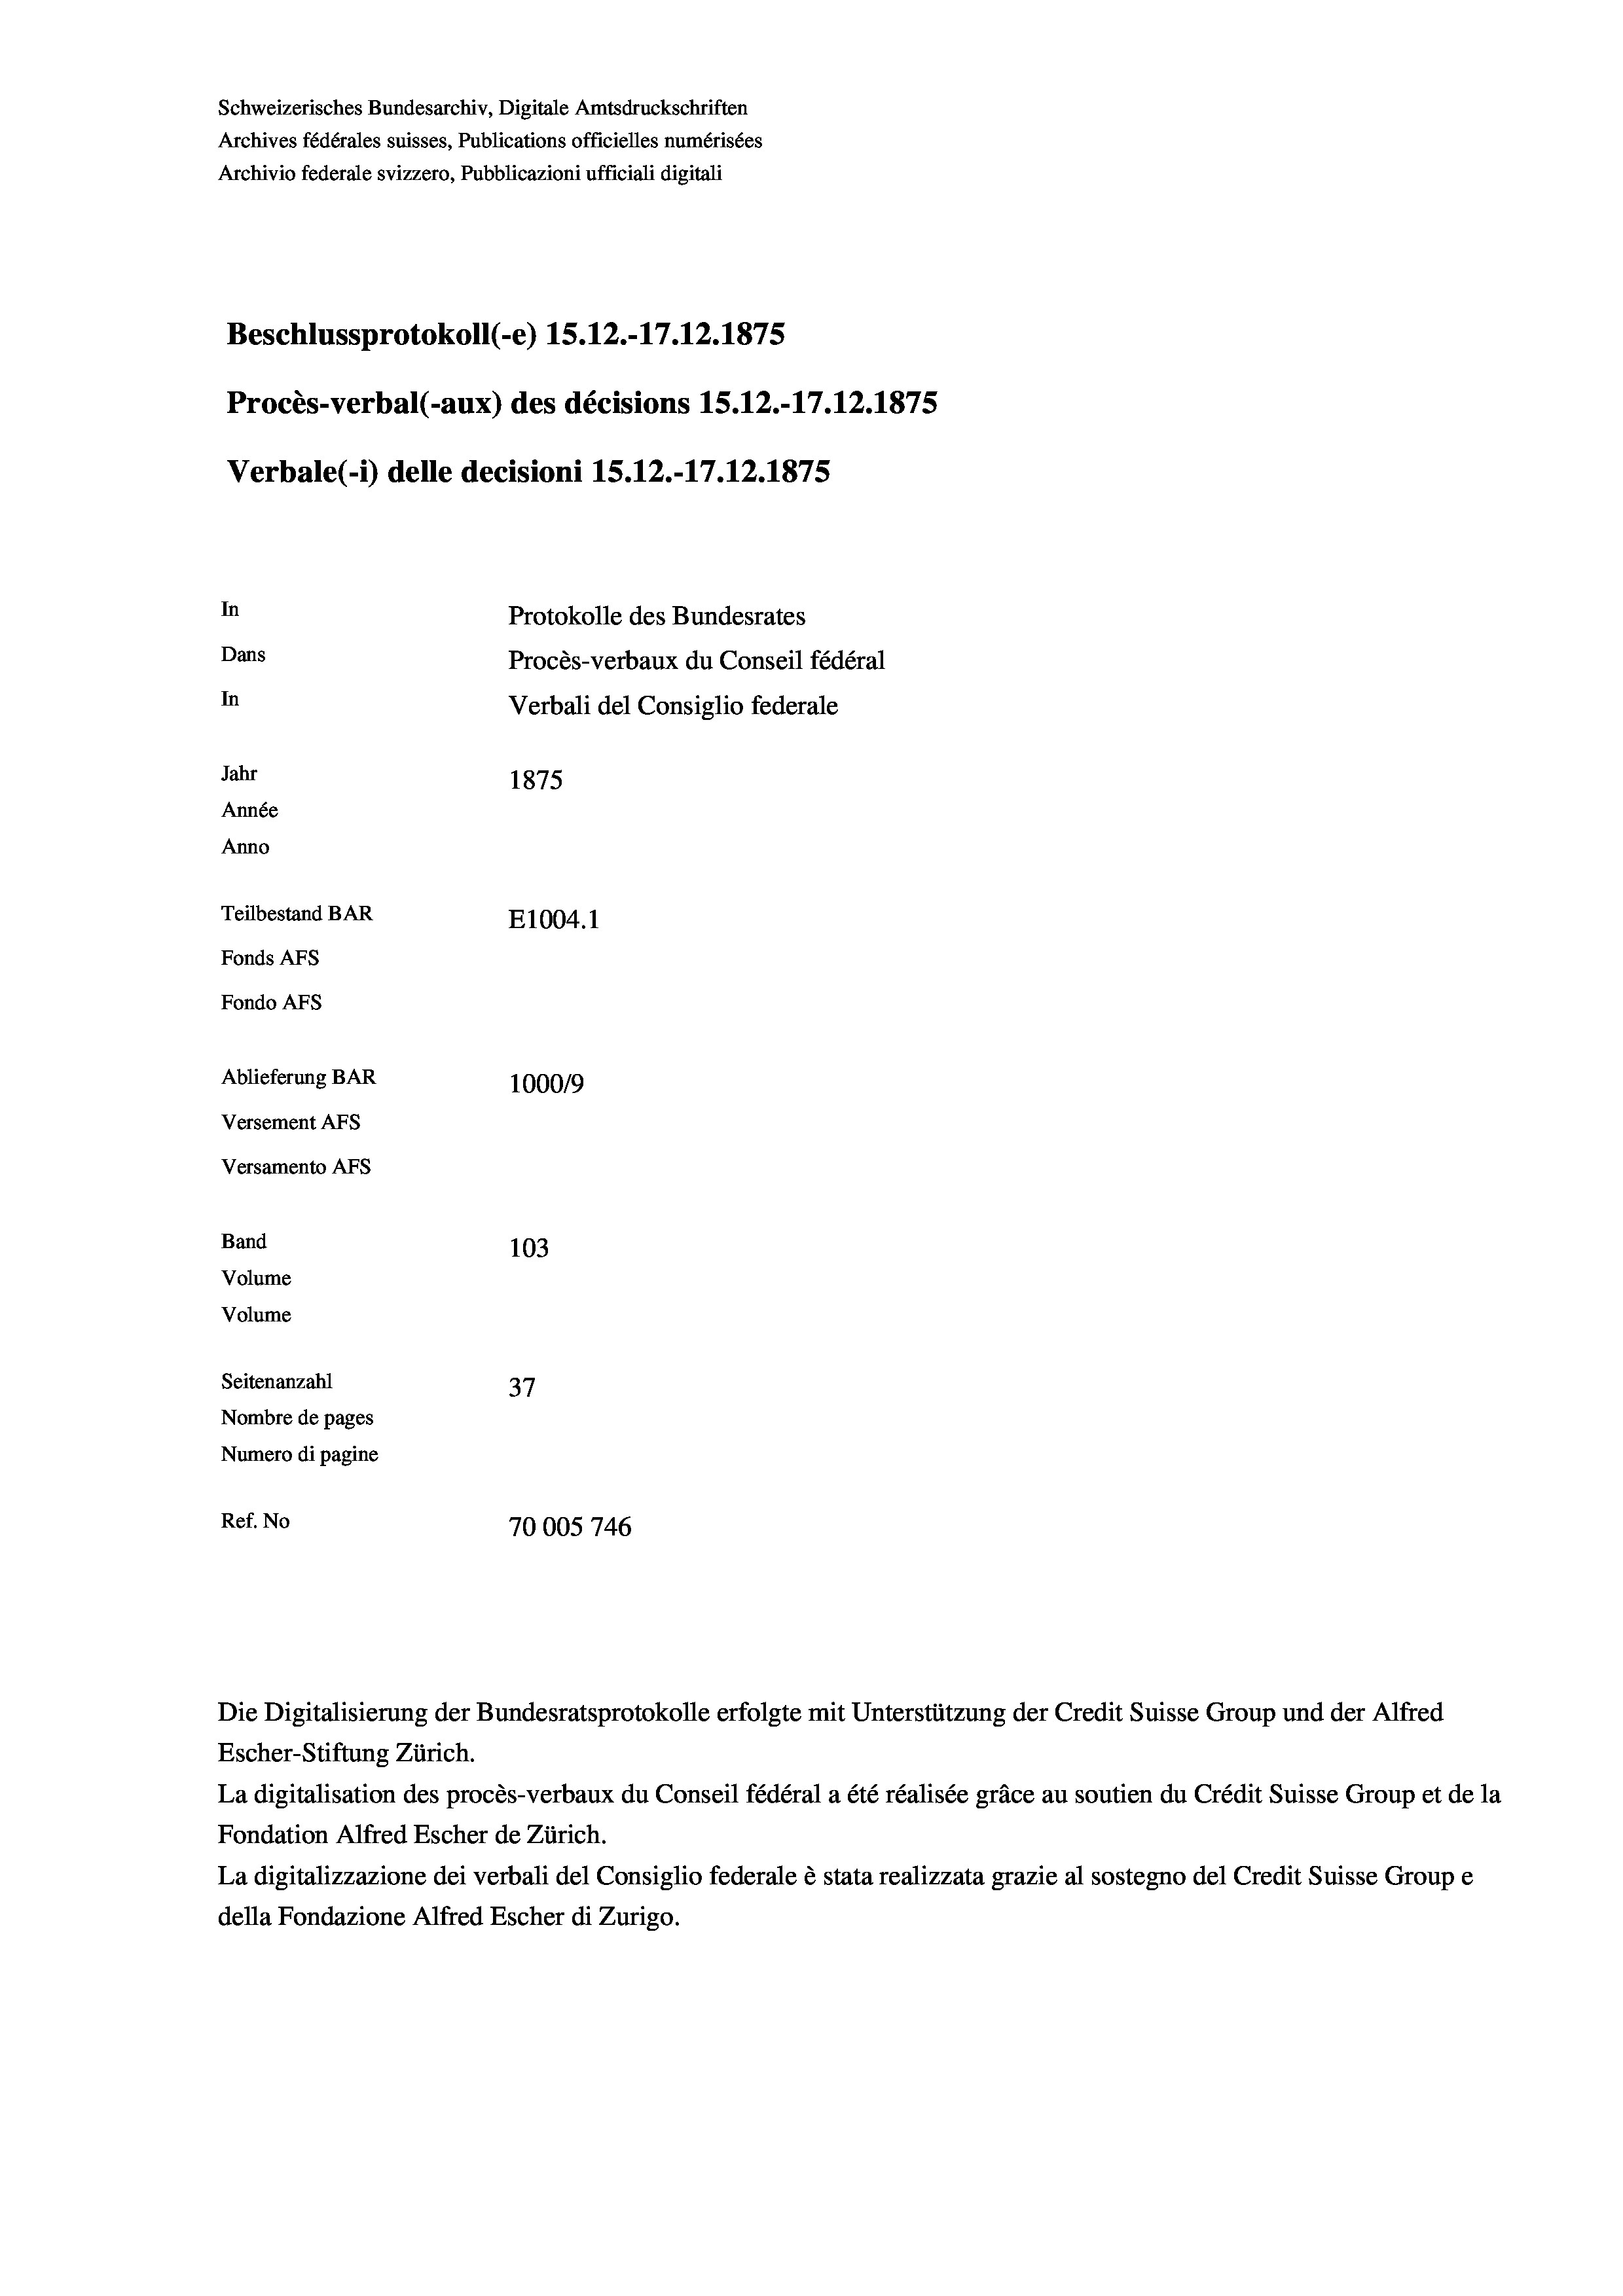
Schweizerisches Bundesarchiv, Digitale Amtsdruckschriften
Archives fédérales suisses, Publications officielles numérisées
Archivio federale svizzero, Pubblicazioni ufficiali digitali
Beschlussprotokoll (-e) 15. 12.-17.12.1875
Procès-verbal (-aux) des décisions 1S.12.-17.12.1875
Verbale(*) delle decisioni 1S.12.-17.12.1875
In
Protokolle des Bundesrates
Dans
Procès-verbaux du Conseil fédéral
In
Verbali del Consiglio federale
Jahr
1875
Année
Anno
Teilbestand BAR
E1004. 1
Fonds AFs
Fondo AFs
Ablieferung BAR
1000/9
Versement Abs
Versamento Afs

103
Volume
Volume
Seitenanzahl
37
Nombre de pages
Numero di pagine
Ref. No
70005 746

Band

Escher-Stiftung Zürich.
La digitalisation des procès-verbaux du Conseil fédéral a été réalisée gräce au soutien du Crédit Suisse Group et de la
Fondation Alfred Escher de Zürich.
La digitalizzazione dei verbali del Consiglio federale è stata realizzata grazie al sostegno del Credit Suisse Groupe
della Fondazione Alfred Escher di Zurigo.

Die Digitalisierung der Bundesratsprotokolle erfolgte mit Unterstützung der Credit Suisse Group und der Alfred